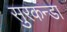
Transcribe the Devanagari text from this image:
सुरकन्डा